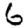
Digit: 6